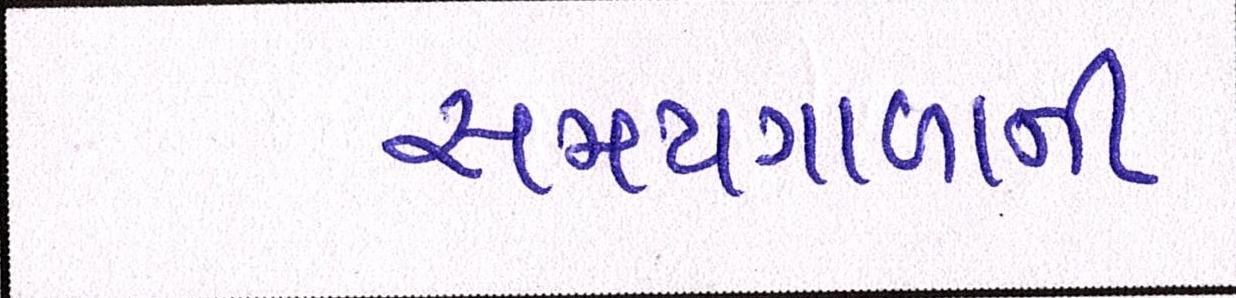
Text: સમયગાળાની